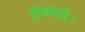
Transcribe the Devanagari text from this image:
सुखदाई।